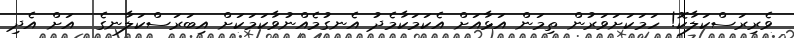
ވެރިރަސްކަލާކޮ! ހަމަކަށަވަރުން ތިމަން އަޅާއަށް އެކަމަކާމެދު އެނގުމެއްނުވާކަމަކަށް އިބަރަސްކަލާނގެ  އަށް އެދި